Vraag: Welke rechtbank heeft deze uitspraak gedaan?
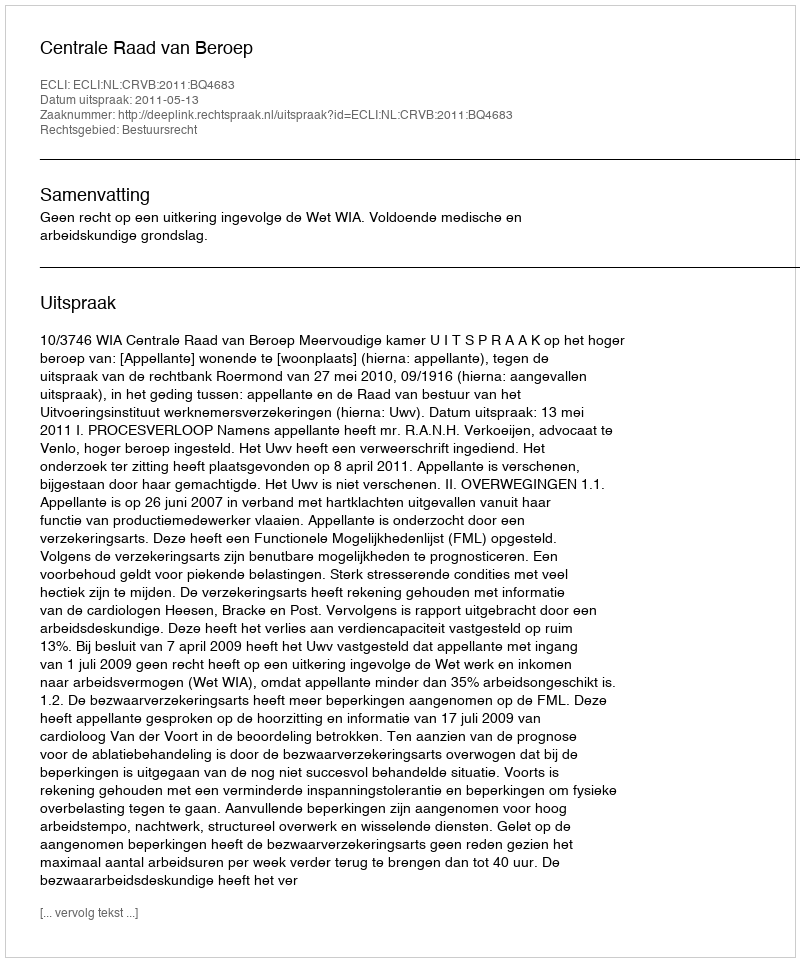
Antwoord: Centrale Raad van Beroep